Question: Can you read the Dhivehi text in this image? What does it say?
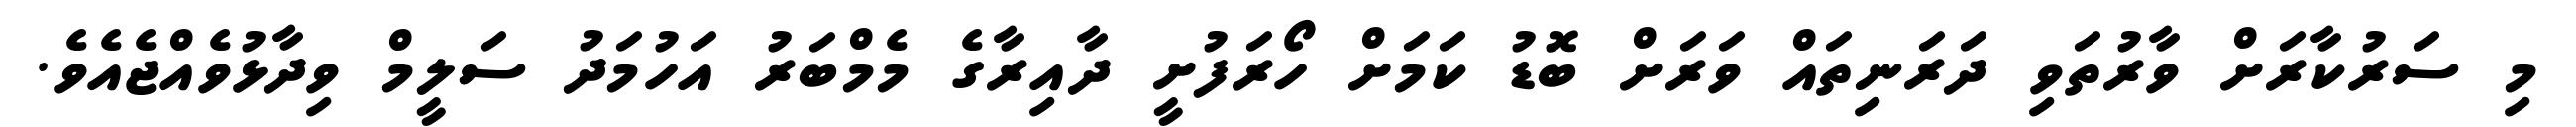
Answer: މި ސަރުކާރަށް ވާރުތަވި ދަރަނިތައް ވަރަށް ބޮޑު ކަމަށް ހޯރަފުށީ ދާއިރާގެ މެމްބަރު އަހުމަދު ސަލީމް ވިދާޅުވެއްޖެއެވެ.